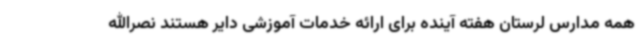
همه مدارس لرستان هفته آینده برای ارائه خدمات آموزشی دایر هستند نصرالله